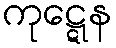
ကုဋ္ဋေန